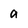
Character: a